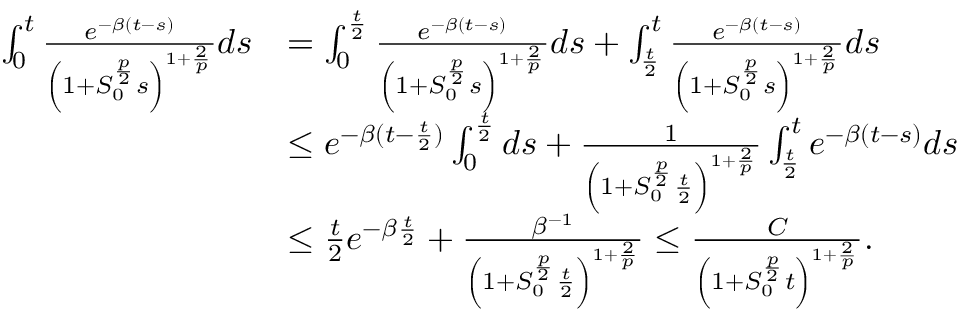
\begin{array} { r l } { \int _ { 0 } ^ { t } \frac { e ^ { - \beta ( t - s ) } } { \left( 1 + S _ { 0 } ^ { \frac { p } { 2 } } s \right) ^ { 1 + \frac { 2 } { p } } } d s } & { = \int _ { 0 } ^ { \frac { t } { 2 } } \frac { e ^ { - \beta ( t - s ) } } { \left( 1 + S _ { 0 } ^ { \frac { p } { 2 } } s \right) ^ { 1 + \frac { 2 } { p } } } d s + \int _ { \frac { t } { 2 } } ^ { t } \frac { e ^ { - \beta ( t - s ) } } { \left( 1 + S _ { 0 } ^ { \frac { p } { 2 } } s \right) ^ { 1 + \frac { 2 } { p } } } d s } \\ & { \le e ^ { - \beta ( t - \frac { t } { 2 } ) } \int _ { 0 } ^ { \frac { t } { 2 } } d s + \frac { 1 } { \left( 1 + S _ { 0 } ^ { \frac { p } { 2 } } \frac { t } { 2 } \right) ^ { 1 + \frac { 2 } { p } } } \int _ { \frac { t } { 2 } } ^ { t } e ^ { - \beta ( t - s ) } d s } \\ & { \le \frac { t } { 2 } e ^ { - \beta \frac { t } { 2 } } + \frac { \beta ^ { - 1 } } { \left( 1 + S _ { 0 } ^ { \frac { p } { 2 } } \frac { t } { 2 } \right) ^ { 1 + \frac { 2 } { p } } } \le \frac { C } { \left( 1 + S _ { 0 } ^ { \frac { p } { 2 } } t \right) ^ { 1 + \frac { 2 } { p } } } . } \end{array}